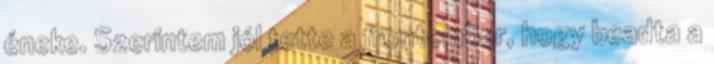
éneke. Szerintem jól tette a frontember, hogy beadta a